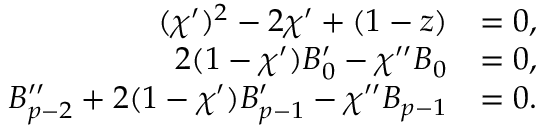
\begin{array} { r l } { ( \chi ^ { \prime } ) ^ { 2 } - 2 \chi ^ { \prime } + ( 1 - z ) } & { = 0 , } \\ { 2 ( 1 - \chi ^ { \prime } ) B _ { 0 } ^ { \prime } - \chi ^ { \prime \prime } B _ { 0 } } & { = 0 , } \\ { B _ { p - 2 } ^ { \prime \prime } + 2 ( 1 - \chi ^ { \prime } ) B _ { p - 1 } ^ { \prime } - \chi ^ { \prime \prime } B _ { p - 1 } } & { = 0 . } \end{array}